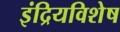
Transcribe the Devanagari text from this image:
इंद्रियविशेष